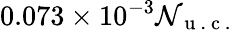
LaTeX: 0.073\times10^{-3}\mathcal{N}_{\mathrm{{~u~.~c~.~}}}